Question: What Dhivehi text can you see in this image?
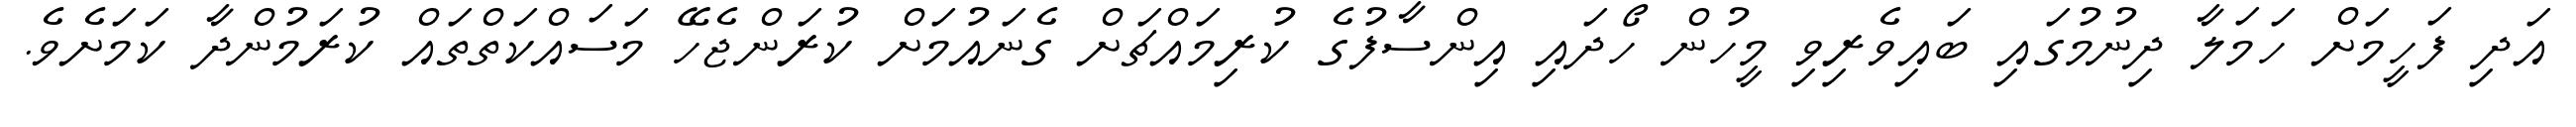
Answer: އަދި ފަހީމަށް ހަމަލާ ދިނުމުގައި ބައިވެރިވި މީހުން ހޯދައި އިންސާފުގެ ކުރިމައްޗަށް ގެނައުމަށް ކުރަންޖެހޭ މަސައްކަތްތައް ކުރަމުންދާ ކަމަށެވެ.